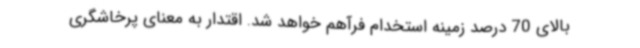
بالای 70 درصد زمینه استخدام فرآهم خواهد شد. اقتدار به معنای پرخاشگری